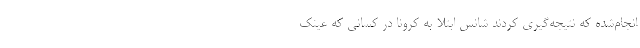
انجام‌شده که نتیجه‌گیری کردند شانس ابتلا به کرونا در کسانی که عینک